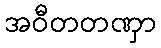
အဝီတတဏှာ